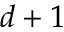
d + 1